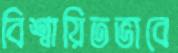
বিশ্বায়িতভাবে